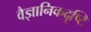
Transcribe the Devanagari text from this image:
वैज्ञानिकदृष्टि